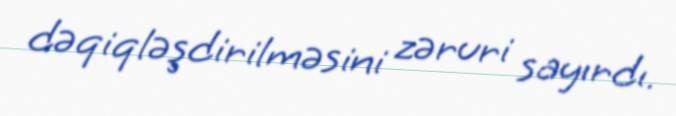
dəqiqləşdirilməsini zəruri sayırdı.